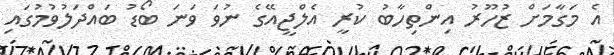
އެ މަގާމަށް ޒުހޫރު އިންތިހާބު ކުރީ އެލްޖީއޭގެ ނުވަ ވަނަ ބޯޑު ބައްދަލުވުމުގައި